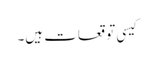
کیسی توقعات ہیں۔